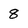
Character: 8